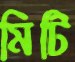
মিটি